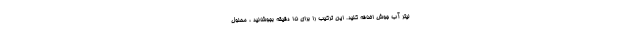
لیتر آب جوش اضافه کنید. این ترکیب را برای 15 دقیقه بجوشانید ، محلول